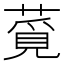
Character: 𦸡